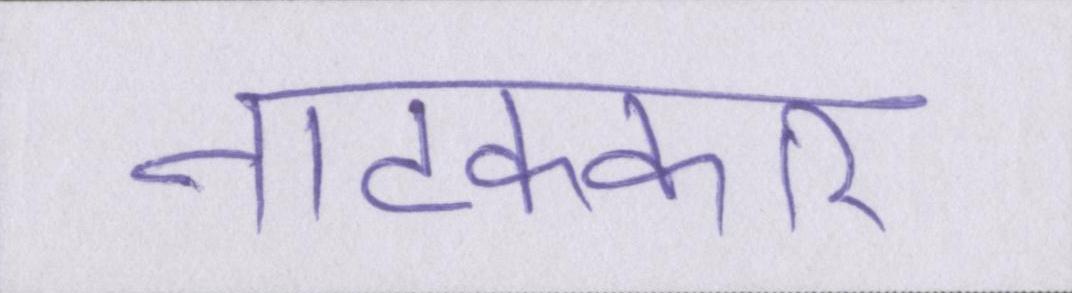
नाटककार